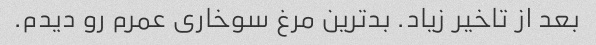
بعد از تاخیر زیاد. بد‌ترین مرغ سوخاری عمرم رو دیدم.